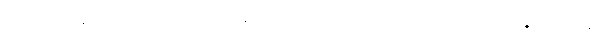
(ပုညကရိယိဝတ္ထု၊ ပုညကိရိယဝတ္ထုလည်းကောင်း။) အဗ္ဘနုမောဒနံ၊